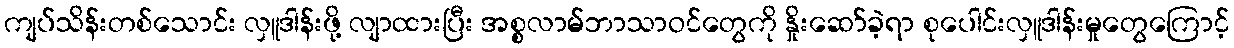
ကျပ်သိန်းတစ်သောင်း လှူဒါန်းဖို့ လျာထားပြီး အစ္စလာမ်ဘာသာဝင်တွေကို နှိုးဆော်ခဲ့ရာ စုပေါင်းလှူဒါန်းမှုတွေကြောင့်